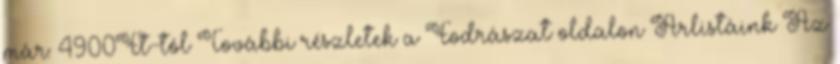
már: 4900Ft-tól További részletek a Fodrászat oldalon Árlistáink Az